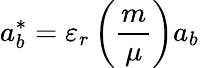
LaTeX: a_{b}^{*}=\varepsilon_{r}\left({\frac{m}{\mu}}\right)a_{b}